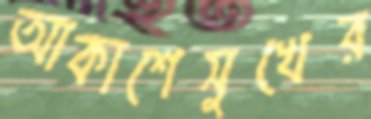
আকাশেসুখের